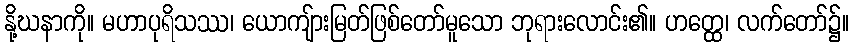
နို့ဃနာကို။ မဟာပုရိသဿ၊ ယောကျ်ားမြတ်ဖြစ်တော်မူသော ဘုရားလောင်း၏။ ဟတ္ထေ၊ လက်တော်၌။